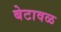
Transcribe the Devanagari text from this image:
बेटावळ